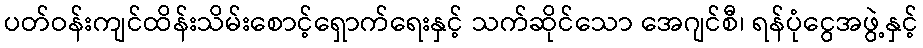
ပတ်ဝန်းကျင်ထိန်းသိမ်းစောင့်ရှောက်ရေးနှင့် သက်ဆိုင်သော အေဂျင်စီ၊ ရန်ပုံငွေအဖွဲ့နှင့်